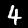
Digit: 4